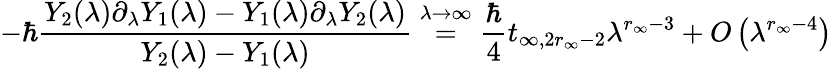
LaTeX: -\hbar\frac{Y_{2}(\lambda)\partial_{\lambda}Y_{1}(\lambda)-Y_{1}(\lambda)\partial_{\lambda}Y_{2}(\lambda)}{Y_{2}(\lambda)-Y_{1}(\lambda)}\overset{\lambda\to\infty}{=}\frac{\hbar}{4}t_{\infty,2r_{\infty}-2}\lambda^{r_{\infty}-3}+O\left(\lambda^{r_{\infty}-4}\right)